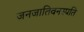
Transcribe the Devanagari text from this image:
जनजातिवनस्पति